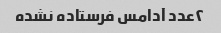
۲عدد آدامس فرستاده نشده